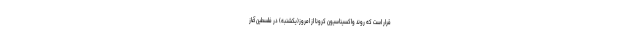
قرار است که روند واکسیناسیون کرونا از امروز(یکشنبه) در فلسطین آغاز